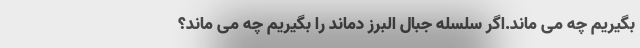
بگیریم چه می ماند.اگر سلسله جبال البرز دماند را بگیریم چه می ماند؟